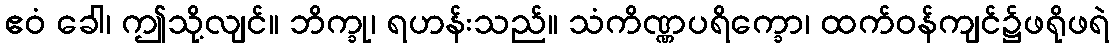
ဧဝံ ခေါ၊ ဤသို့လျင်။ ဘိက္ခု၊ ရဟန်းသည်။ သံကိဏ္ဏပရိက္ခော၊ ထက်ဝန်ကျင်၌ဖရိုဖရဲ